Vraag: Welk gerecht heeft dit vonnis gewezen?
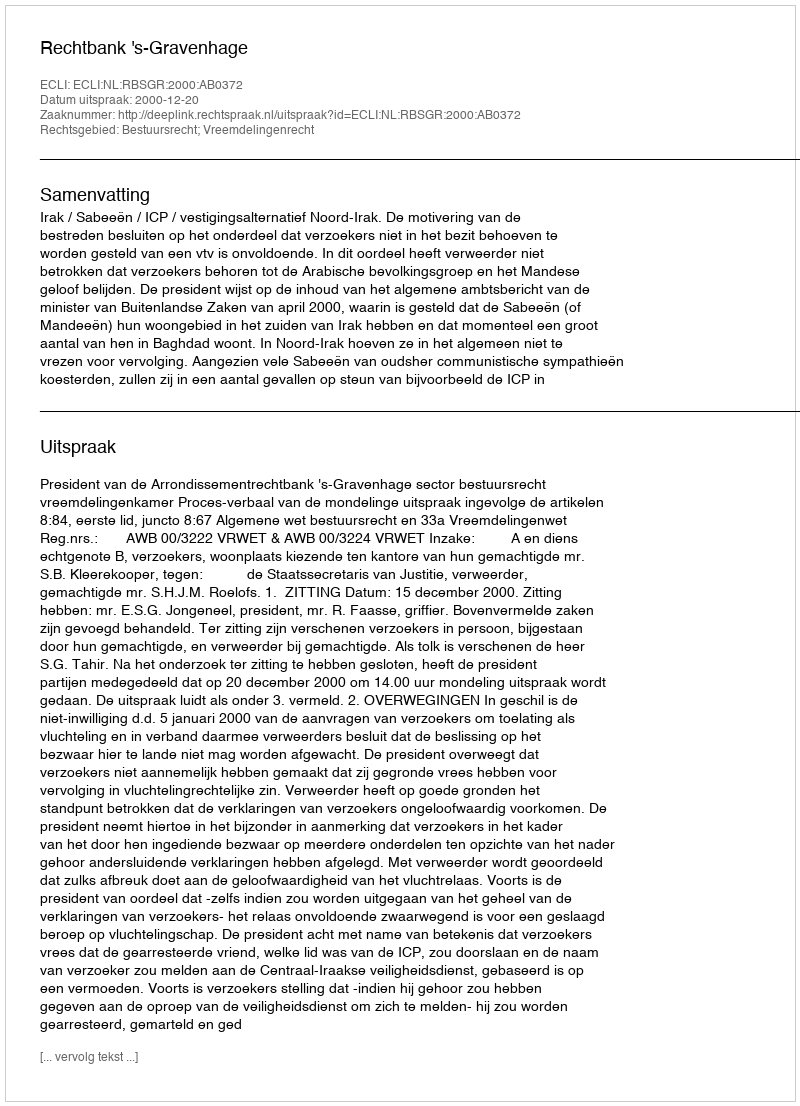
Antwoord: Rechtbank 's-Gravenhage